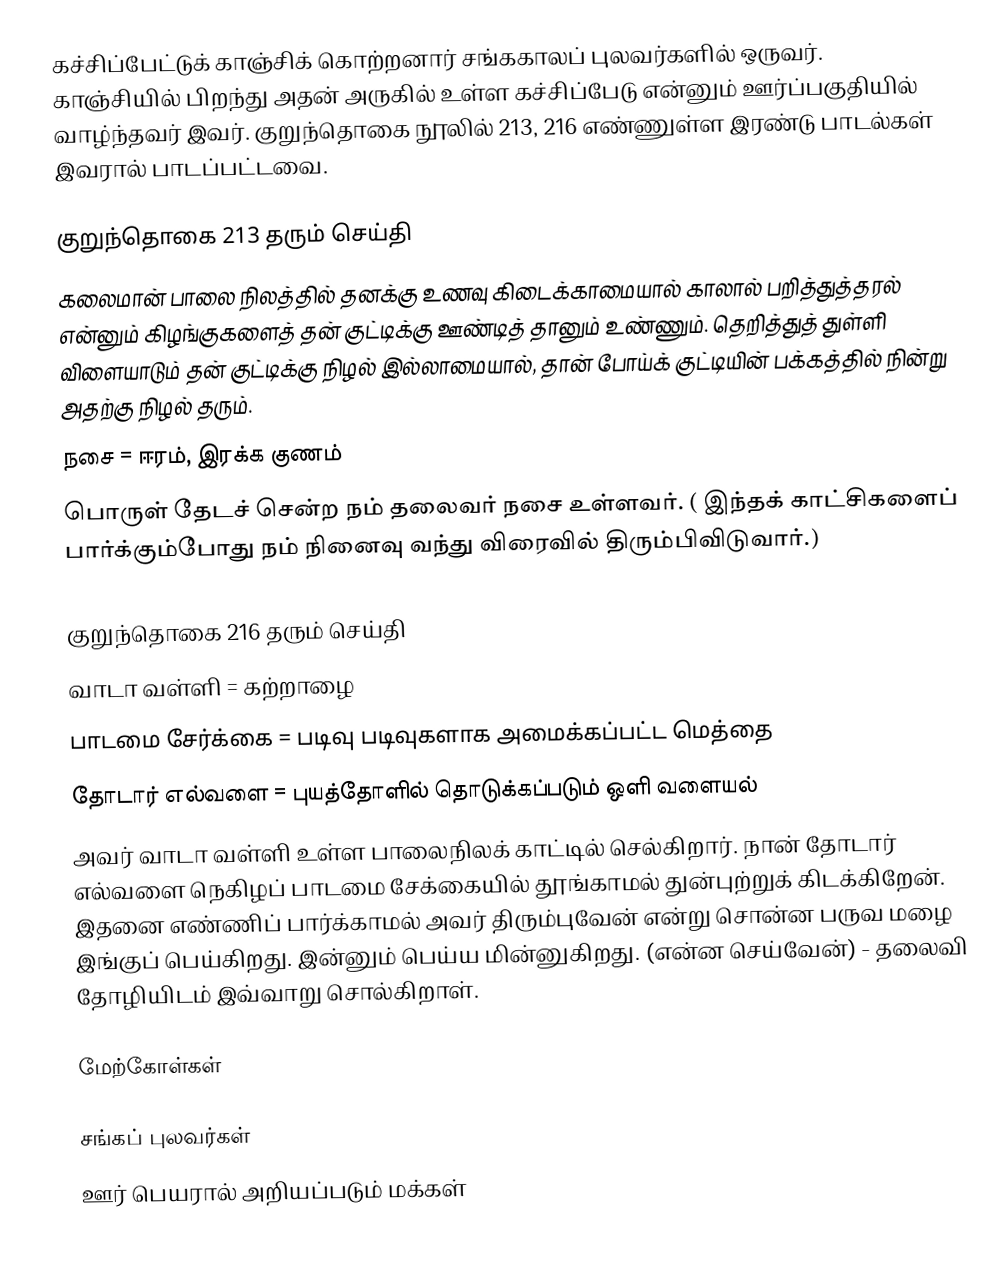
கச்சிப்பேட்டுக் காஞ்சிக் கொற்றனார் சங்ககாலப் புலவர்களில் ஒருவர். காஞ்சியில் பிறந்து அதன் அருகில் உள்ள கச்சிப்பேடு என்னும் ஊர்ப்பகுதியில் வாழ்ந்தவர் இவர். குறுந்தொகை நூலில் 213, 216 எண்ணுள்ள இரண்டு பாடல்கள் இவரால் பாடப்பட்டவை.

குறுந்தொகை 213 தரும் செய்தி
கலைமான் பாலை நிலத்தில் தனக்கு உணவு கிடைக்காமையால் காலால் பறித்துத்தரல் என்னும் கிழங்குகளைத் தன் குட்டிக்கு ஊண்டித் தானும் உண்ணும். தெறித்துத் துள்ளி விளையாடும் தன் குட்டிக்கு நிழல் இல்லாமையால், தான் போய்க் குட்டியின் பக்கத்தில் நின்று அதற்கு நிழல் தரும்.
 நசை = ஈரம், இரக்க குணம்
பொருள் தேடச் சென்ற நம் தலைவர் நசை உள்ளவர். ( இந்தக் காட்சிகளைப் பார்க்கும்போது நம் நினைவு வந்து விரைவில் திரும்பிவிடுவார்.)

குறுந்தொகை 216 தரும் செய்தி
 வாடா வள்ளி = கற்றாழை
 பாடமை சேர்க்கை = படிவு படிவுகளாக அமைக்கப்பட்ட மெத்தை
 தோடார் எல்வளை = புயத்தோளில் தொடுக்கப்படும் ஒளி வளையல்
அவர் வாடா வள்ளி உள்ள பாலைநிலக் காட்டில் செல்கிறார். நான் தோடார் எல்வளை நெகிழப் பாடமை சேக்கையில் தூங்காமல் துன்புற்றுக் கிடக்கிறேன். இதனை எண்ணிப் பார்க்காமல் அவர் திரும்புவேன் என்று சொன்ன பருவ மழை இங்குப் பெய்கிறது. இன்னும் பெய்ய மின்னுகிறது. (என்ன செய்வேன்) - தலைவி தோழியிடம் இவ்வாறு சொல்கிறாள்.

மேற்கோள்கள்

சங்கப் புலவர்கள்
ஊர் பெயரால் அறியப்படும் மக்கள்